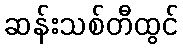
ဆန်းသစ်တီထွင်